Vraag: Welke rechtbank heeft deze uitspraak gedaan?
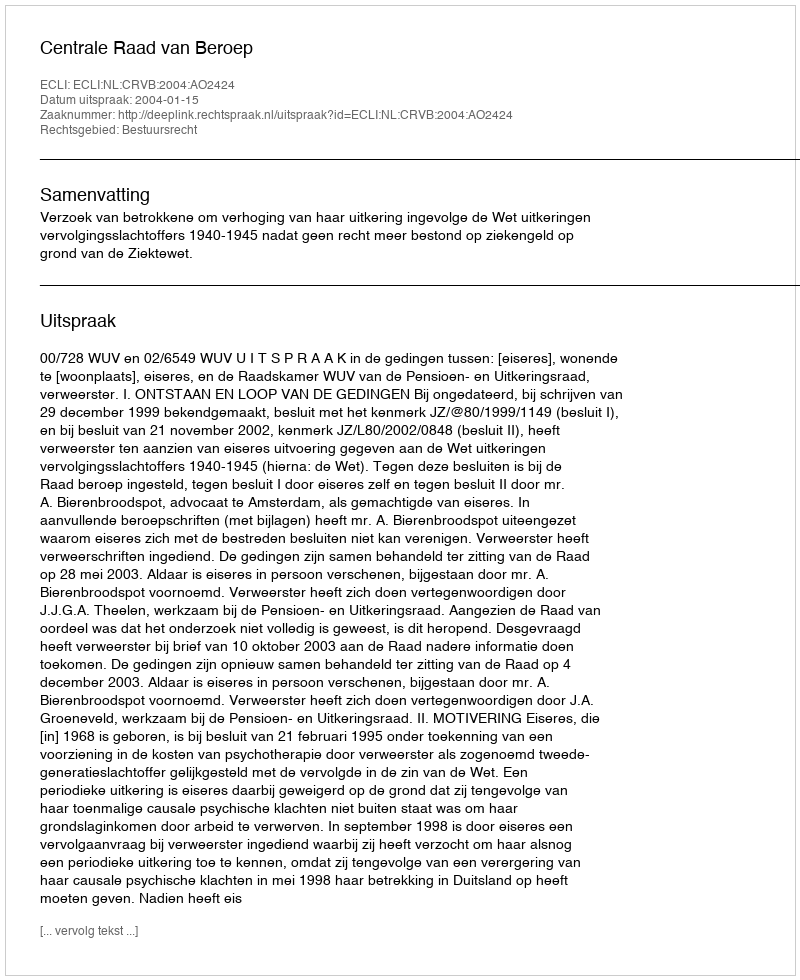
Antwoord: Centrale Raad van Beroep